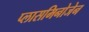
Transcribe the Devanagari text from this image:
प्लासमिनोजेन